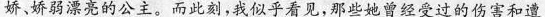
娇、娇弱漂亮的公主。而此刻，我似乎看见，那些她曾经受过的伤害和遭